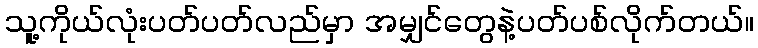
သူ့ကိုယ်လုံးပတ်ပတ်လည်မှာ အမျှင်တွေနဲ့ပတ်ပစ်လိုက်တယ်။